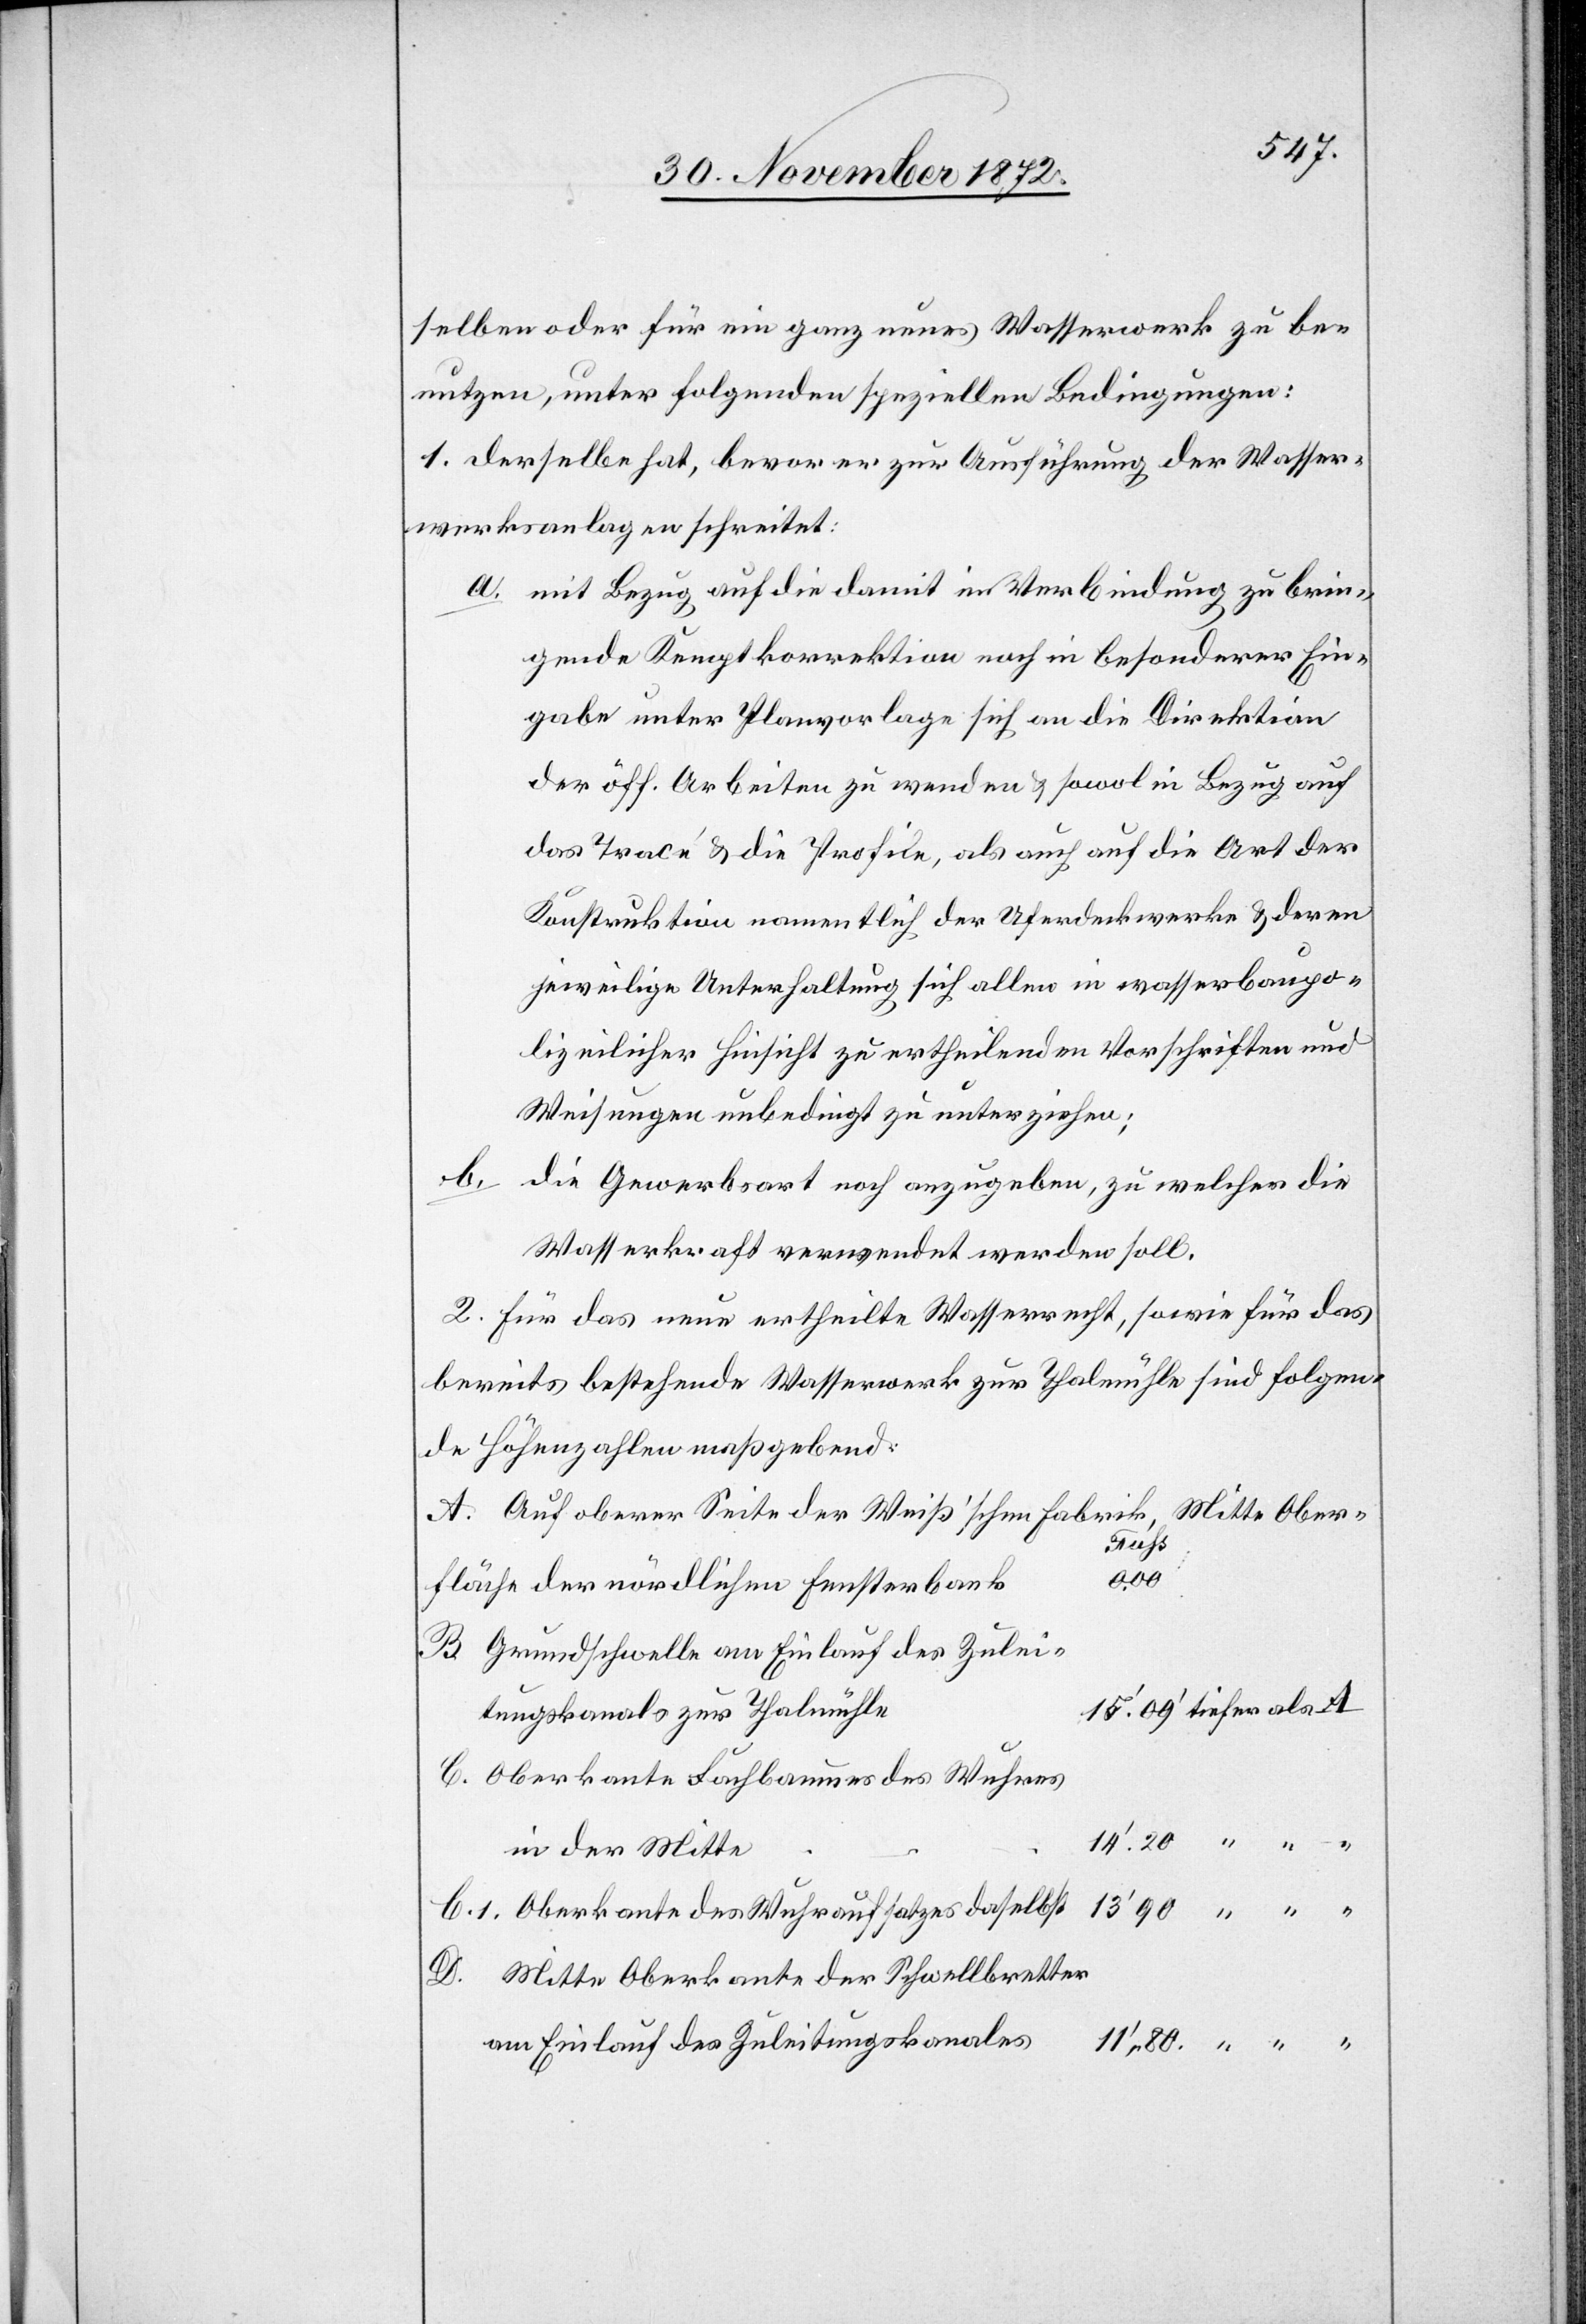
selben oder für ein ganz neues Wasserwerk zu be¬
nutzen, unter folgenden speziellen Bedingungen:
1. Derselbe hat, bevor er zur Ausführung der Wasser¬
werksanlagen schreitet:
a. mit Bezug auf die damit in Verbindung zu brin¬
gende Kemptkorrektion noch in besonderer Ein¬
gabe unter Planvorlage sich an die Direktion
der öff. Arbeiten zu wenden u. sowol in Bezug auf
das Tracé u. die Profile, als auch auf die Art der
Konstruktion namentlich der Uferdeckwerke u. deren
jeweilige Unterhaltung sich allen in wasserbaupo¬
lizeilicher Hinsicht zu ertheilenden Vorschriften und
Weisungen unbedingt zu unterziehen;
B.
die Gewerbsart noch anzugeben, zu welcher die
Wasserkraft verwendet werden soll.
2. Für das neue ertheilte Wasserrecht, sowie für das
bereits bestehende Wasserwerk zur Thalmühle sind folgen¬
de Höhenzahlen maßgebend.
Auf oberer Seite der Weiß’schen Fabrik, Mitte Ober¬
11’.80.
fläche der nördlichen Fensterbank
Grundschwelle am Einlauf des Zulei¬
tungskanals zur Thalmühle
C. Oberkante des Fachbaumes des Wuhres
in der Mitte
Oberkante des Wuhraufsatzes daselbst
Mitte Oberkante der Schwellbretter
am Einlauf des Zuleitungskanales